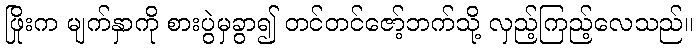
ဖြိုးက မျက်နှာကို စားပွဲမှခွာ၍ တင်တင်ဇော့်ဘက်သို့ လှည့်ကြည့်လေသည်။